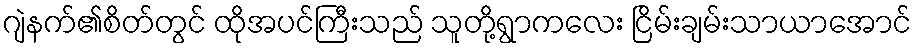
ဂျဲနက်၏စိတ်တွင် ထိုအပင်ကြီးသည် သူတို့ရွာကလေး ငြိမ်းချမ်းသာယာအောင်